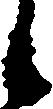
候